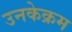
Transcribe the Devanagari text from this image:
उनकेक्रम